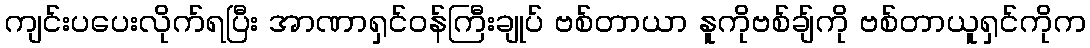
ကျင်းပပေးလိုက်ရပြီး အာဏာရှင်ဝန်ကြီးချုပ် ဗစ်တာယာ နူကိုဗစ်ချ်ကို ဗစ်တာယူရှင်ကိုက